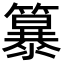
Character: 𮆭